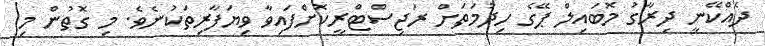
ދެއްކޭނީ ދިރާގު މޮބައިލް ޕޭގެ ހިދުމަތަށް ރަޖިސްޓްރީކޮށްފައިވާ ވިޔަފާރިތަކުނެވެ. މި ގޮތުން މި